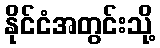
နိုင်ငံအတွင်းသို့